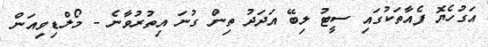
އަގުހެޔޮ ފެއާތަކުގައި ސީޓު ލިބޭ އަދަދު ތިން ގުނަ އިތުރުވާނެ - މޯލްޑިވިއަން